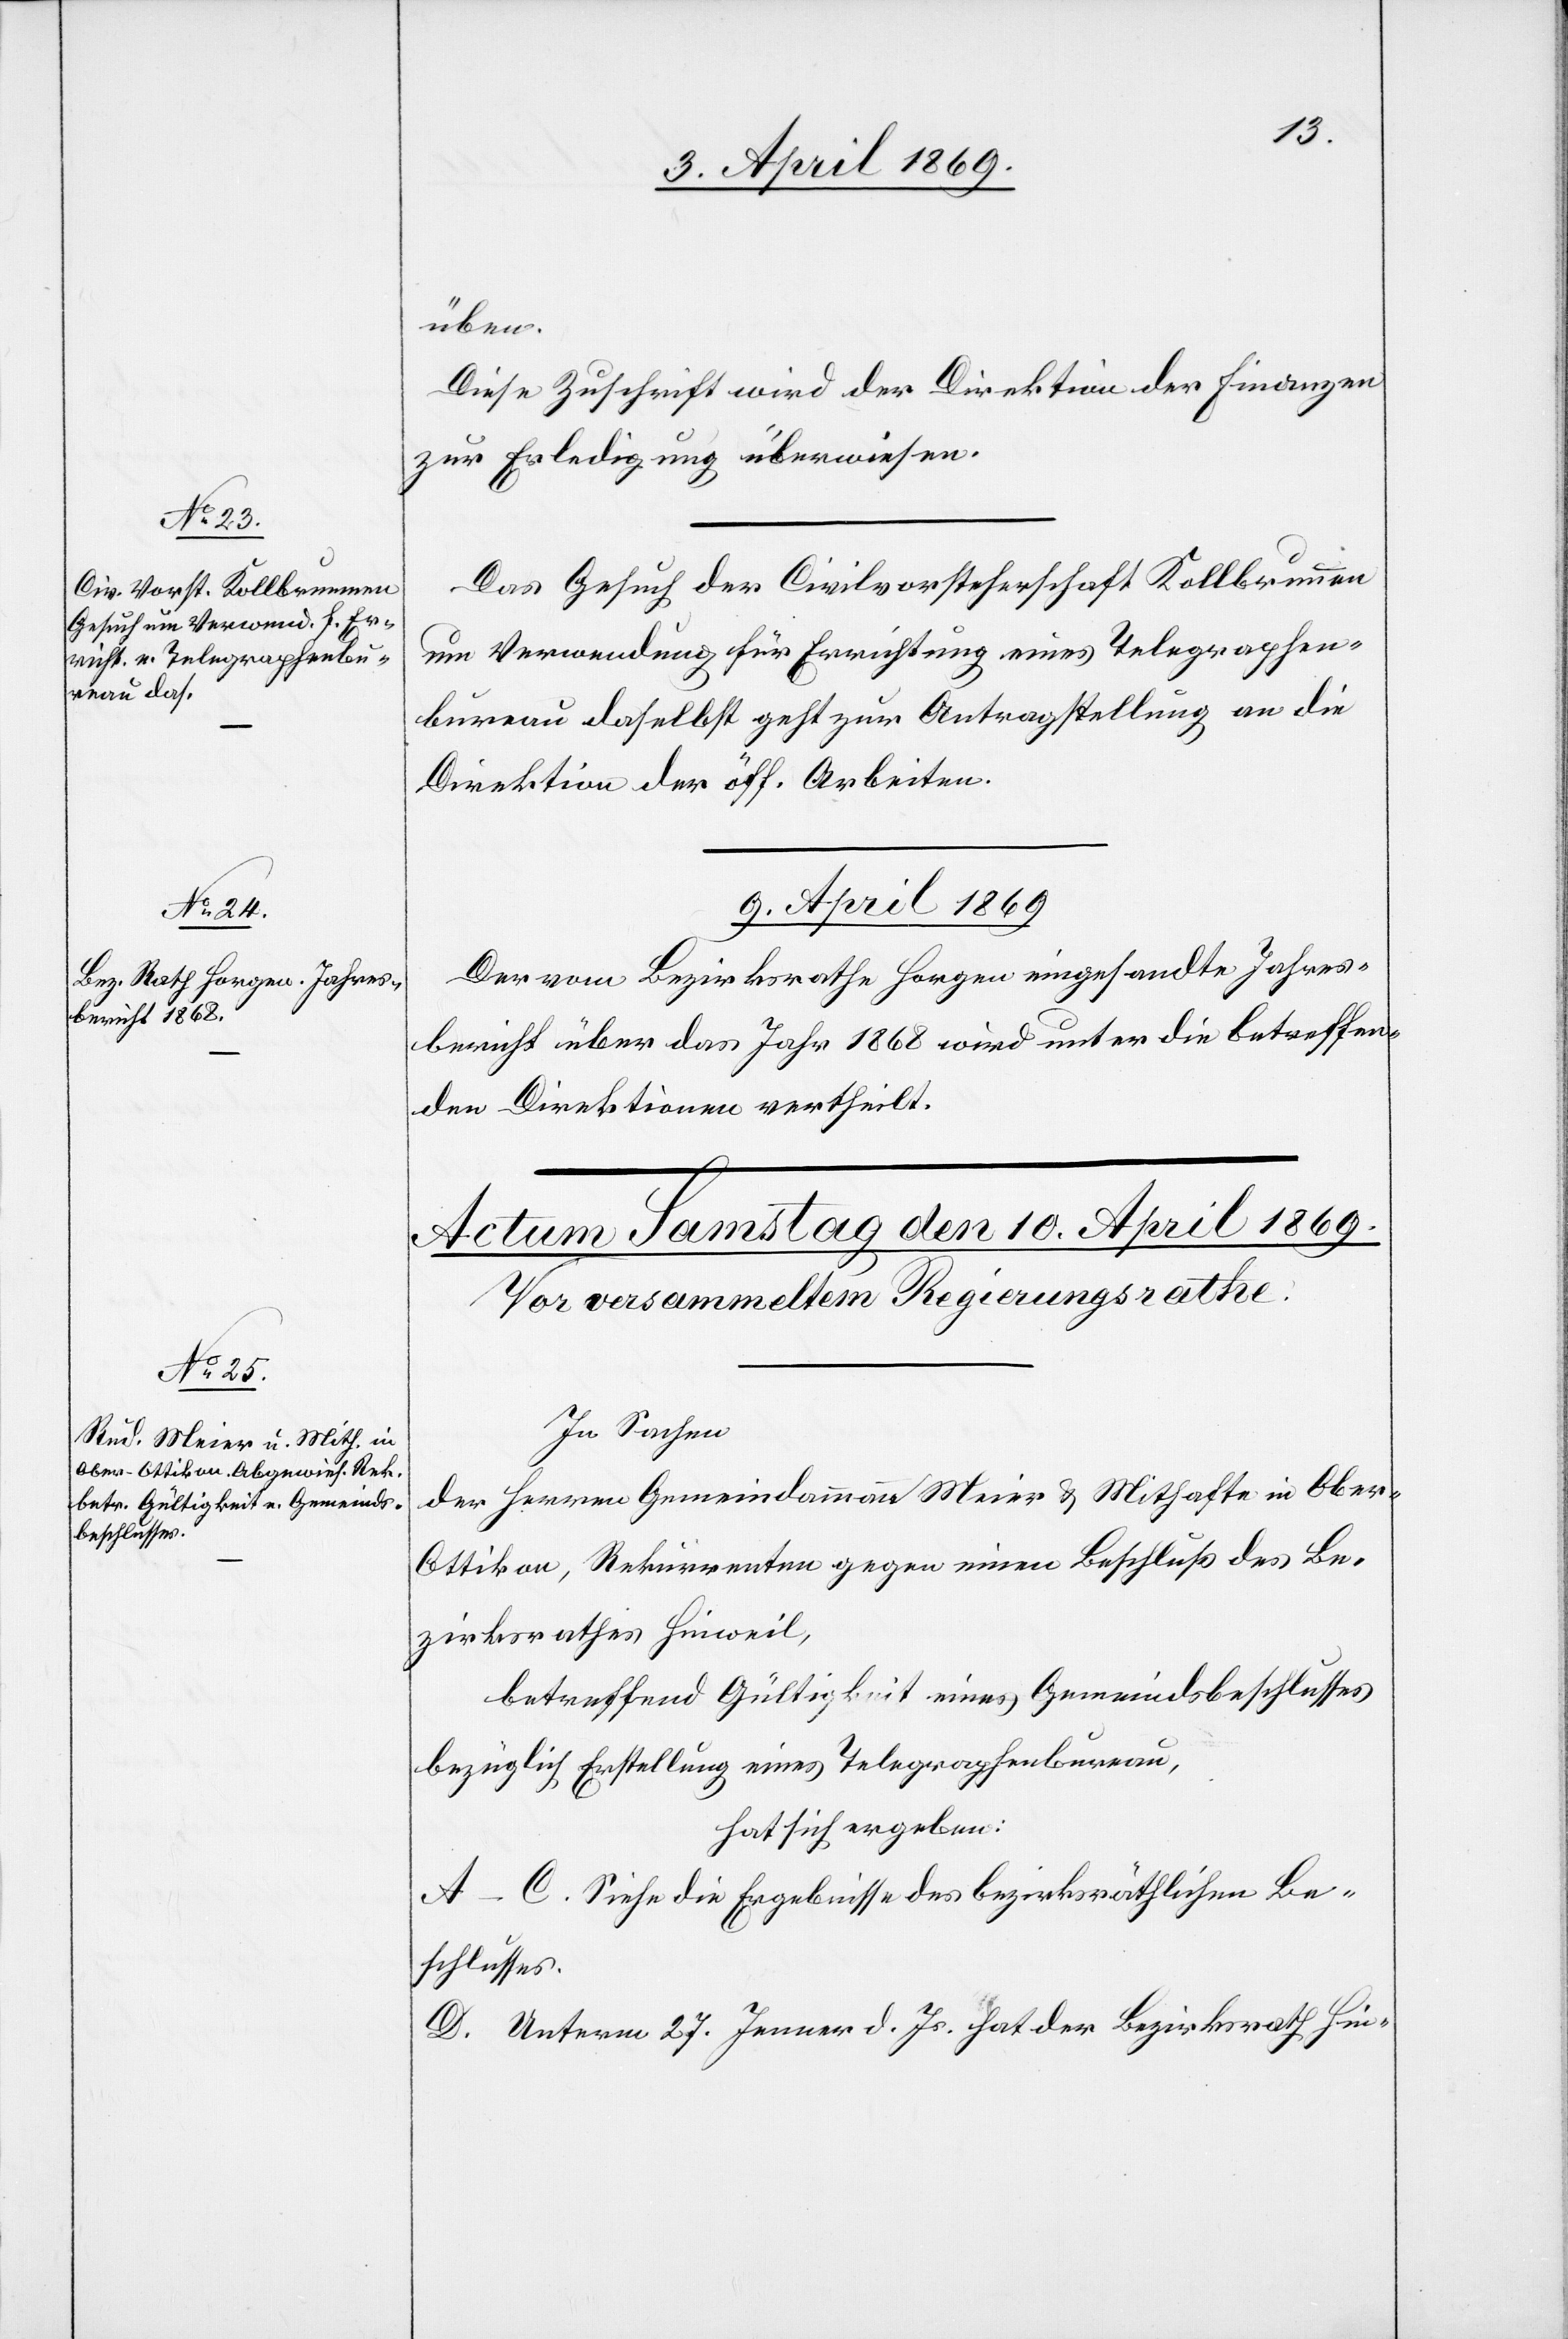
9. April 1869.
üben.
Diese Zuschrift wird der Direktion der Finanzen
zur Erledigung überwiesen.
Das Gesuch der Civilvorsteherschaft Kollbrunnen
um Verwendung für Errichtung eines Telegraphen¬
bureau daselbst geht zur Antragstellung an die
Direktion der öff. Arbeiten.
Der vom Bezirksrathe Horgen eingesandte Jahres¬
bericht über das Jahr 1868 wird unter die betreffen¬
den Direktionen vertheilt.
In Sachen
der Herren Gemeindammann Meier & Mithafte in Obe¬
r-Ottikon, Rekurrenten gegen einen Beschluß des Be¬
zirksrathes Hinweil,
betreffend Gültigkeit eines Gemeindsbeschlusses
bezüglich Erstellung eines Telegraphenbureau,
hat sich ergeben:
A.–C. Siehe die Ergebnisse des bezirksräthlichen Be¬
schlusses.
D. Unterm 27. Jenner d. Js. hat der Bezirksrath Hin-